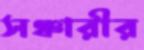
সঞ্চারীর